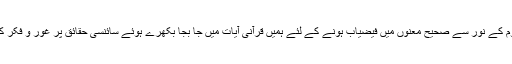
قرآنی علوم کے نور سے صحیح معنوں میں فیضیاب ہونے کے لئے ہمیں قرآنی آیات میں جا بجا بکھرے ہوئے سائنسی حقائق پر غور و فکر کرنا ہو گا۔